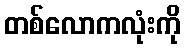
တစ်လောကလုံးကို